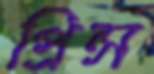
প্রিন্স